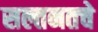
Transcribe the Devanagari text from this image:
सल्तनतचे